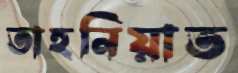
তাহনিয়াত